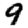
Digit: 9